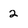
Character: 2